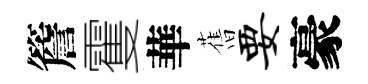
簷䨥華𦾔要豪